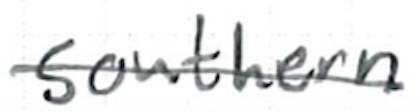
Text: southern
Cross-out: single-line
Writing tool: ballpoint